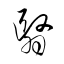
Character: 翳